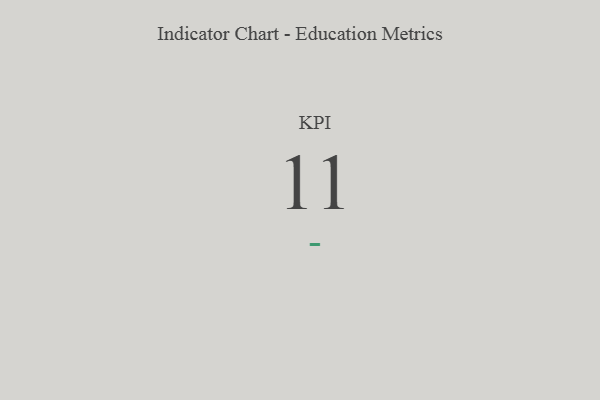
{"axis": {"x": "KPI", "y": "Value"}, "legend": [""], "data": [{"x": "KPI", "y": 11, "type": ""}]}